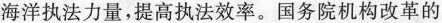
海洋执法力量，提高执法效率。国务院机构改革的